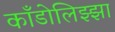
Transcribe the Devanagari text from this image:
काँडोलिझ्झा